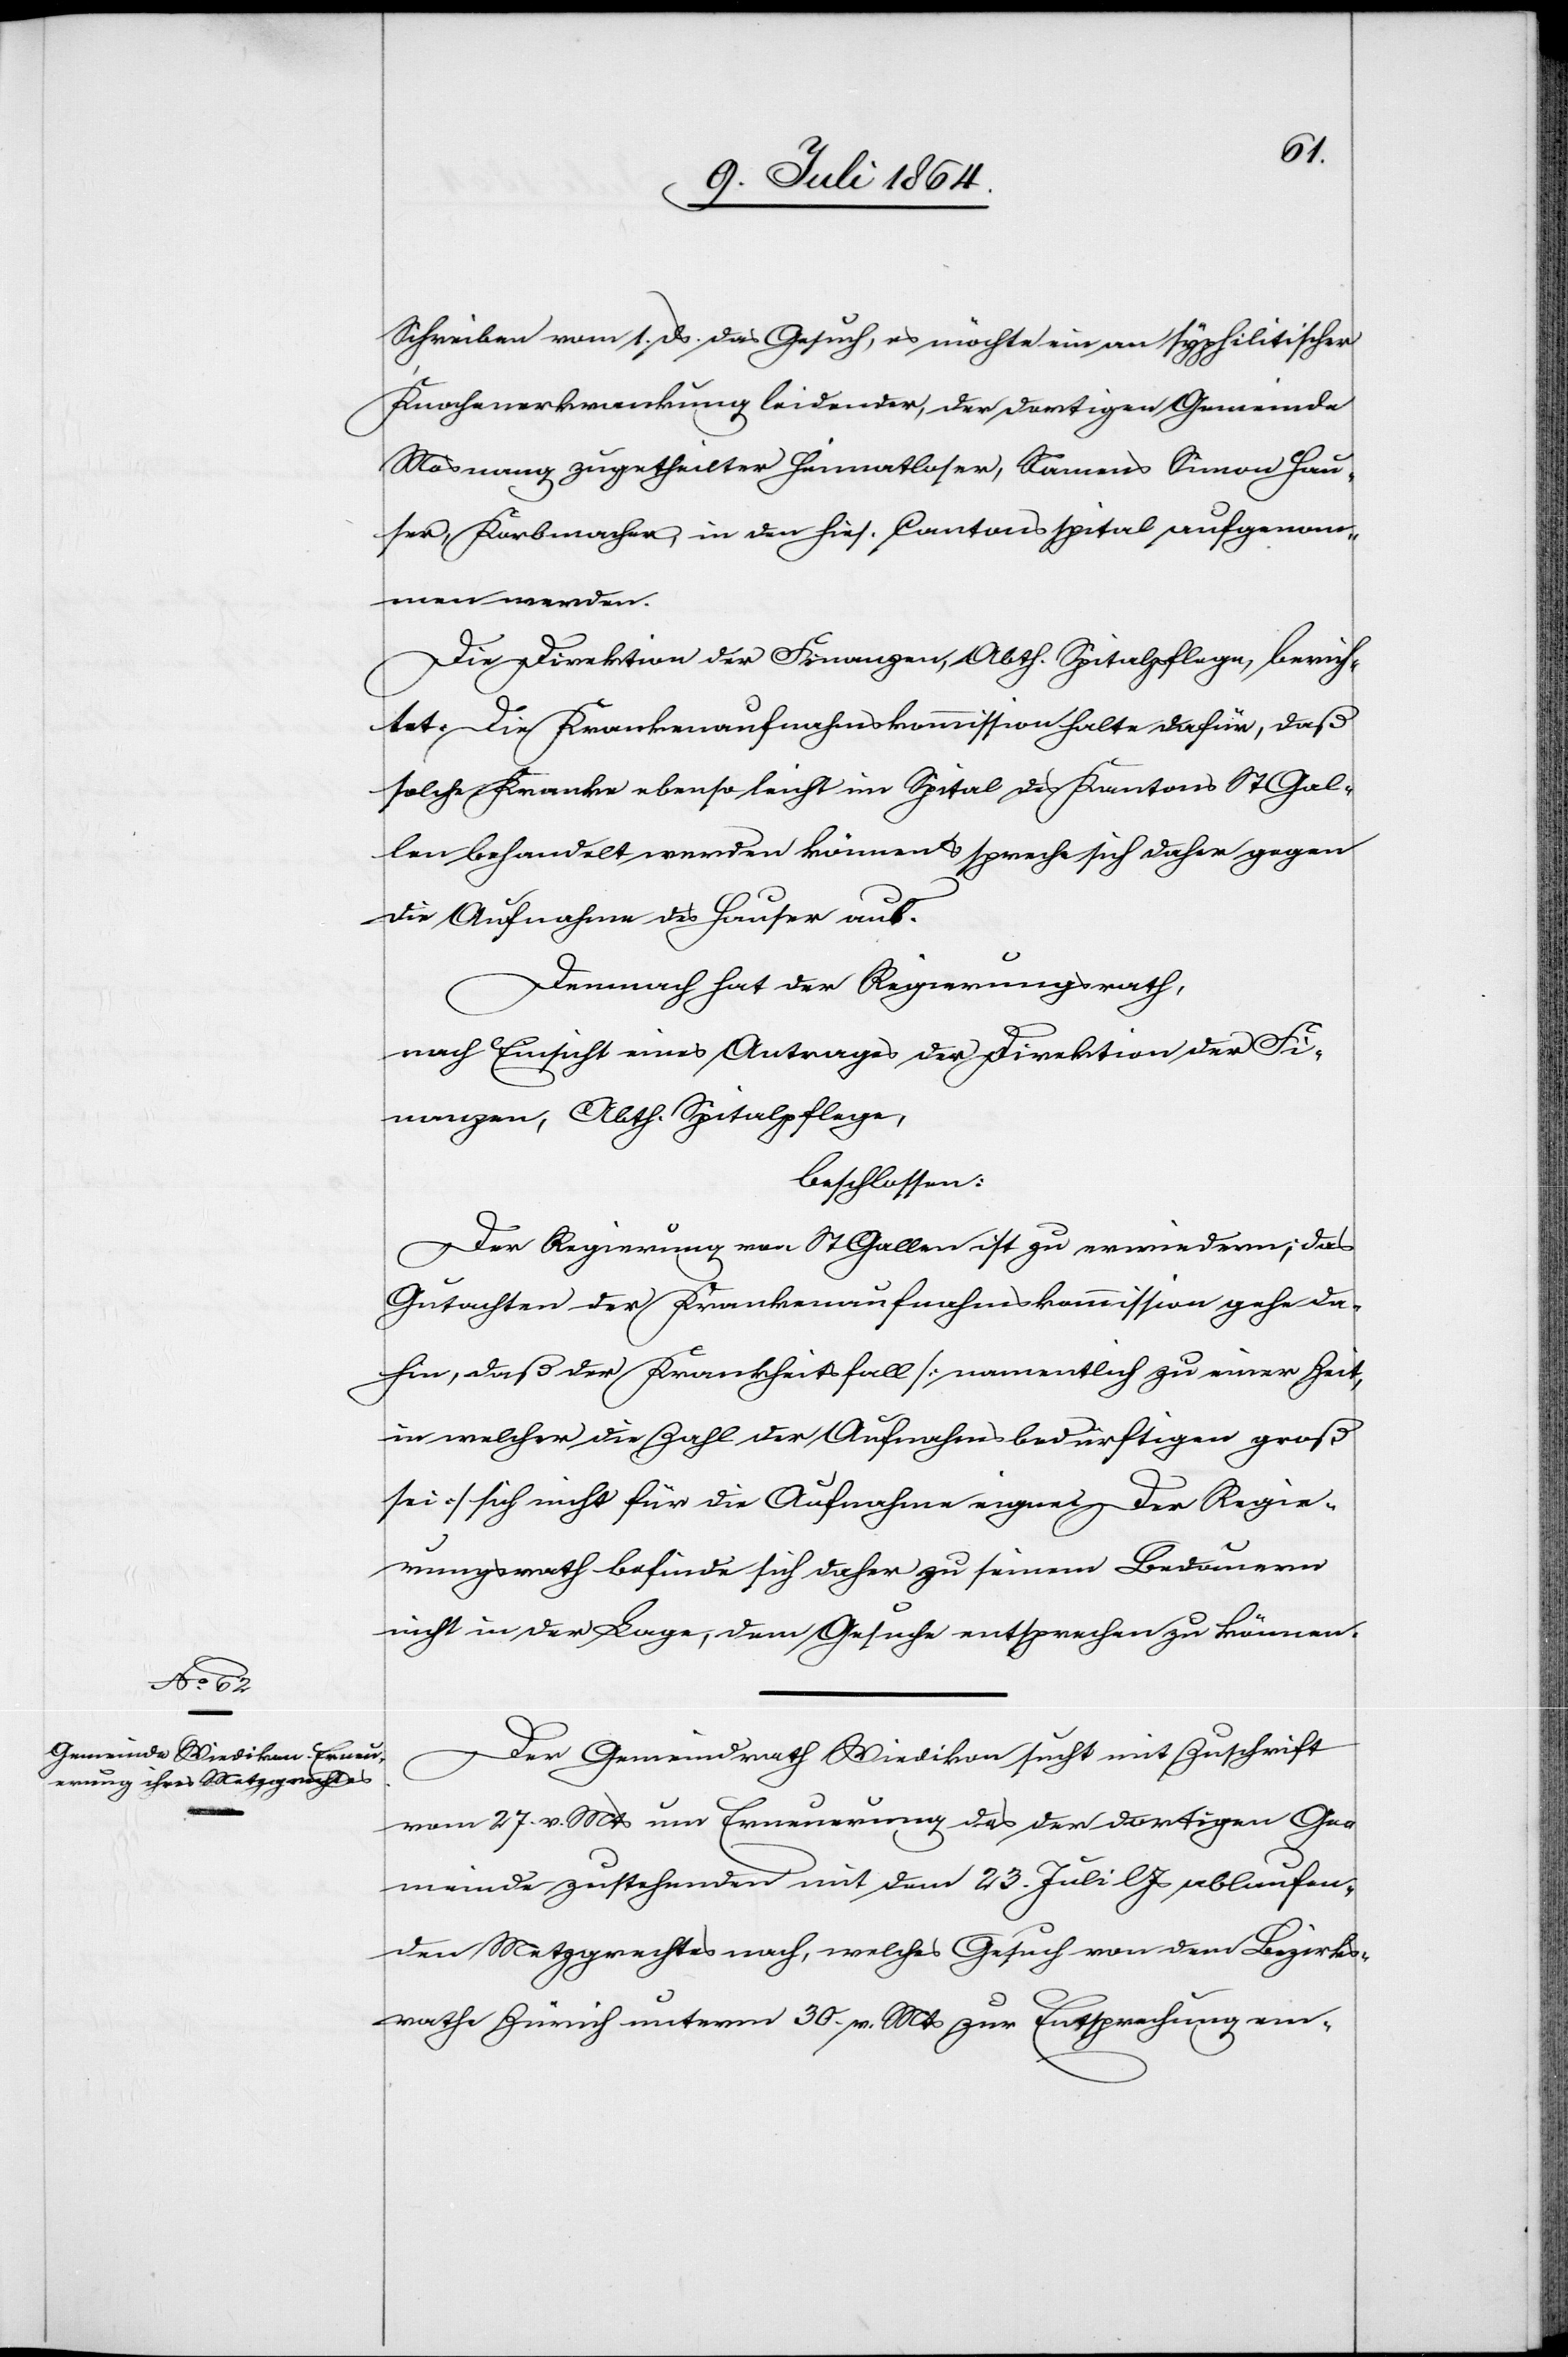
Schreiben vom 1. ds das Gesuch, es möchte ein an syphilitischer
Knochenerkrankung leidender, der dortigen Gemeinde
Mosnang zugetheilter Heimatloser, Namens Simon Hau¬
ser, Korbmacher, in den hies. Cantonsspital aufgenom¬
men werden.
Die Direktion der Finanzen, Abth. Spitalpflege, berich¬
tet: Die Krankenaufnahmskommission halte dafür, daß
solche Kranke ebenso leicht im Spital des Kantons St. Gal¬
len behandelt werden können u. spreche sich daher gegen
die Aufnahme des Hauser aus.
Demnach hat der Regierungsrath,
nach Einsicht eines Antrages der Direktion der Fi¬
nanzen, Abth. Spitalpflege,
beschlossen:
Der Regierung von St. Gallen ist zu erwiedern; das
Gutachten der Krankenaufnahmskommission gehe da¬
hin, daß der Krankheitsfall [namentlich zu einer Zeit,
in welcher die Zahl der Aufnahmsbedürftigen groß
sei] sich nicht für die Aufnahme eigne. Der Regie¬
rungsrath befinde sich daher zu seinem Bedauern
nicht in der Lage, dem Gesuche entsprechen zu können.
Der Gemeindrath Wiedikon sucht mit Zuschrift
vom 27. v. Mts. um Erneuerung des der dortigen Ge¬
meinde zustehenden mit dem 23. Juli l. Js. ablaufen¬
den Metzgrechtes nach, welches Gesuch von dem Bezirks¬
rathe Zürich unterm 30. v. Mts. zur Entsprechung em-